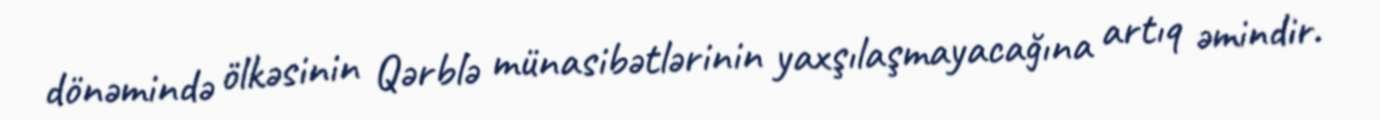
dönəmində ölkəsinin Qərblə münasibətlərinin yaxşılaşmayacağına artıq əmindir.